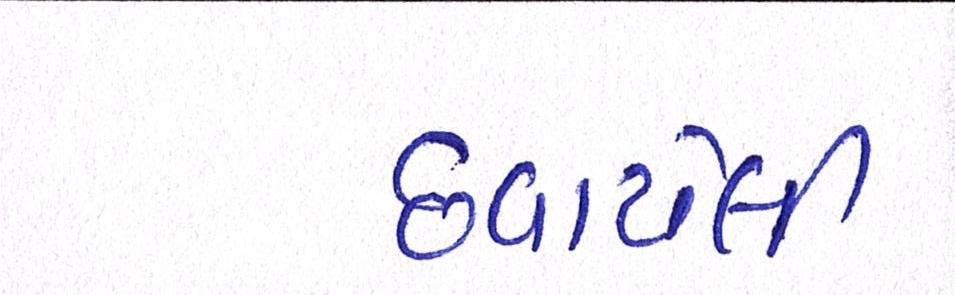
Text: છવાયેલી